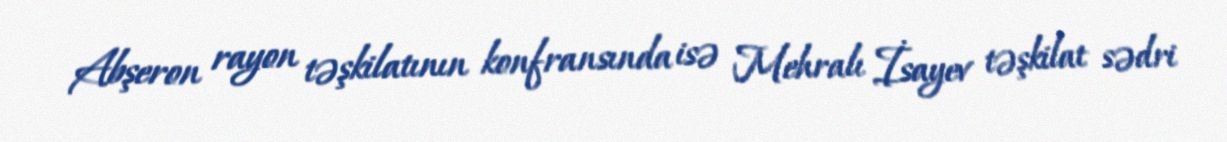
Abşeron rayon təşkilatının konfransında isə Mehralı İsayev təşkilat sədri